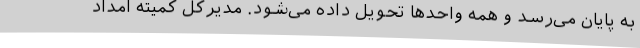
به پایان می‌رسد و همه واحدها تحویل داده می‌شود. مدیرکل کمیته امداد